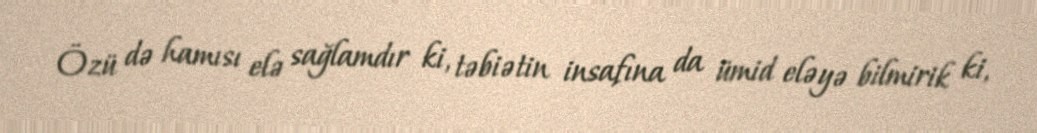
Özü də hamısı elə sağlamdır ki, təbiətin insafına da ümid eləyə bilmirik ki,